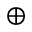
\oplus